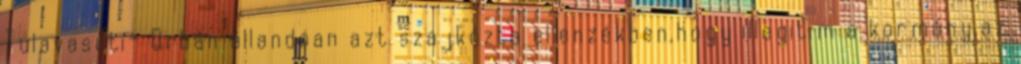
Tulavasuti- Orbán állandóan azt szajkózta ellenzékben,hogy illegitim a kormány,az